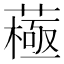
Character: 𦽯